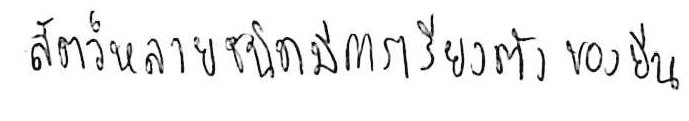
สัตว์หลายชนิดมีการเรียงตัวของยีน